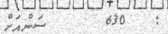
:   630      ސަންއަށް